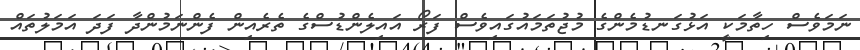
ނަމަވެސް ހިތާމަކީ އަޅުގަނޑުމެންގެ މުޖުތަމައުގައިވެސް ފަރޯ އައިލެންޑުސްގެ ތެރެއިން ފެންނަމުންދާ ފަދަ އަމަލުތައް